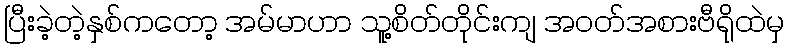
ပြီးခဲ့တဲ့နှစ်ကတော့ အမ်မာဟာ သူ့စိတ်တိုင်းကျ အဝတ်အစားဗီရိုထဲမှ